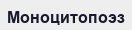
Моноцитопоэз